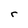
Character: r